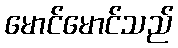
မောင်မောင်သည်